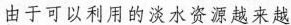
由于可以利用的淡水资源越来越